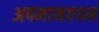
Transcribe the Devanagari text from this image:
अपमानवचन